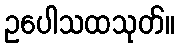
ဥပေါသထသုတ်။